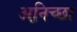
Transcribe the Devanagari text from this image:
अनि़च्छा